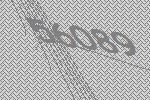
56089